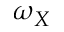
\omega _ { X }